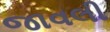
જાવલી